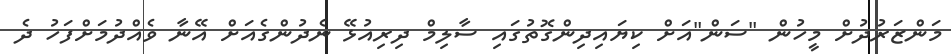
މަންޒަރުދުށް މީހުން "ސަން"އަށް ކިޔައިދިންގޮތުގައި ސާލިމް ދިރިއުޅޭ ނެދުންގެއަށް އޭނާ ވެއްދުމަށްފަހު ދެ